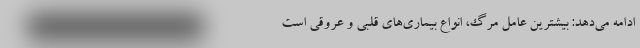
ادامه می‌دهد: بیشترین عامل مرگ، انواع بیماری‌های قلبی و عروقی است